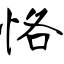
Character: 恪